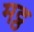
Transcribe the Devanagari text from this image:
मट्ठ